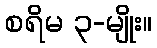
စရိမ ၃-မျိုး။